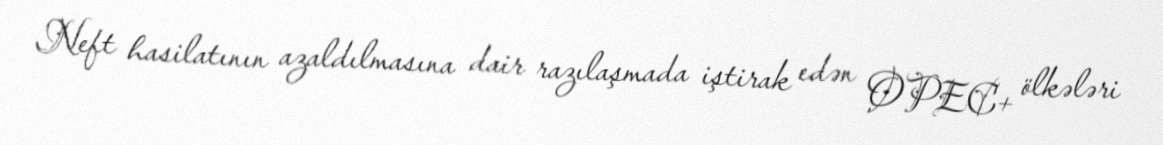
Neft hasilatının azaldılmasına dair razılaşmada iştirak edən OPEC+ ölkələri